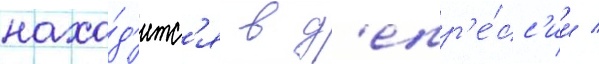
нахо́д'итс'я в д'епр'е́сс'ии /